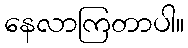
နေလာကြတာပါ။